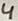
Text: 4